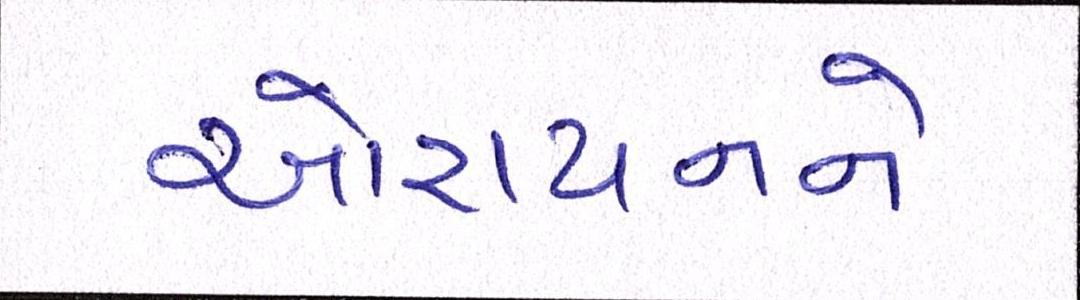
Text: ઓરાયનને